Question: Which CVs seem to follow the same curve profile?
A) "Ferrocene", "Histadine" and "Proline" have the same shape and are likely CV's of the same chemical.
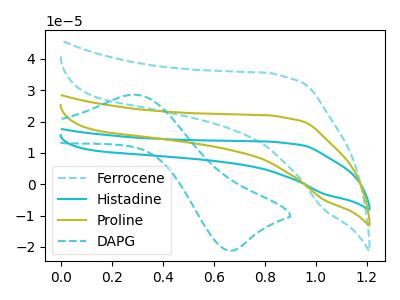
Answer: <think>The cyan dashed curve "Ferrocene" has no peaks. The cyan curve "Histadine" has no peaks. The olive curve "Proline" has no peaks. The cyan dashed curve "DAPG" has an anodic peak at (0.30V, 28.60uA) and a cathodic peak at (0.65V, -21.25uA).
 Neither "Ferrocene" or "Histadine" have any peaks. Neither "Ferrocene" or "Proline" have any peaks. "Ferrocene" and "DAPG" have a different number of peaks. Neither "Histadine" or "Proline" have any peaks. "Histadine" and "DAPG" have a different number of peaks. "Proline" and "DAPG" have a different number of peaks.</think>
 <answer>A) "Ferrocene", "Histadine" and "Proline" have the same shape and are likely CV's of the same chemical.</answer>
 <eval>A</eval>